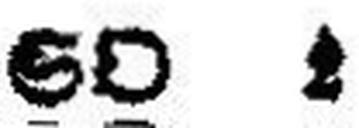
SO 1